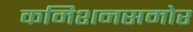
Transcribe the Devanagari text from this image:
कमिशनसमोर